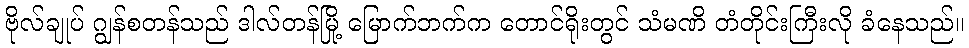
ဗိုလ်ချုပ် ဂျွန်စတန်သည် ဒါလ်တန်မြို့ မြောက်ဘက်က တောင်ရိုးတွင် သံမဏိ တံတိုင်းကြီးလို ခံနေသည်။